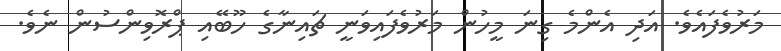
މަރުވެފައެވެ. އަދި އެންމެ ގިނަ މީހުން މަރުވެފައިވަނީ ޗައިނާގެ ހޫބޭއި ޕްރޮވިންސުން ނެވެ.